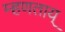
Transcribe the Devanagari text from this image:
म्हणताय्